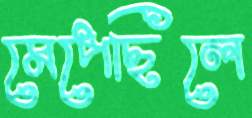
মেপেছিলে